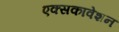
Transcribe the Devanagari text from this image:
एक्सकावेशन